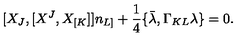
[ X _ { J } , [ X ^ { J } , X _ { [ K } ] ] n _ { L ] } + { \frac { 1 } { 4 } } \{ \bar { \lambda } , \Gamma _ { K L } \lambda \} = 0 .